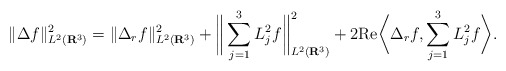
\begin{align*}\|\Delta f\|^{2}_{L^2(\mathbf{R}^3)} = \|\Delta_r f\|^{2}_{L^2(\mathbf{R}^3)} + \bigg\| \sum_{j=1}^3 L_j^2f \bigg\|_{L^2(\mathbf{R}^3)}^2 + 2 \mathrm{Re}\bigg\langle \Delta_r f, \sum_{j=1}^3 L_j^2f \bigg\rangle.\end{align*}